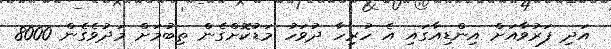
އަދި ފަރުވާއަށް އިންޑިއާގައި އެ ހުރިހާ ދުވަހު މަޑުކޮށްގެން ތިބުމަށް މަދުވެގެން 8000